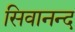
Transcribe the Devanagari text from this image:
सिवानन्द